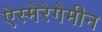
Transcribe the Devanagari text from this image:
ऐस्मेरेगेमीन